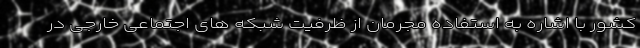
کشور با اشاره به استفاده مجرمان از ظرفیت شبکه های اجتماعی خارجی در